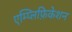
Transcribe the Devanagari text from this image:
एम्प्लिफ़िकेशन